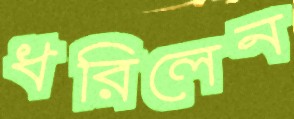
ধরিলেন